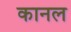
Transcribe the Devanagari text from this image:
कानल